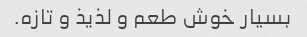
بسیار خوش طعم و لذیذ و تازه.